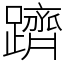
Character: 躋